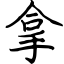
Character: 拿